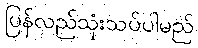
ပြန်လည်သုံးသပ်ပါမည်